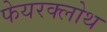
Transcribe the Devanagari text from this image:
फेयरक्लोथ